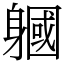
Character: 𨉹